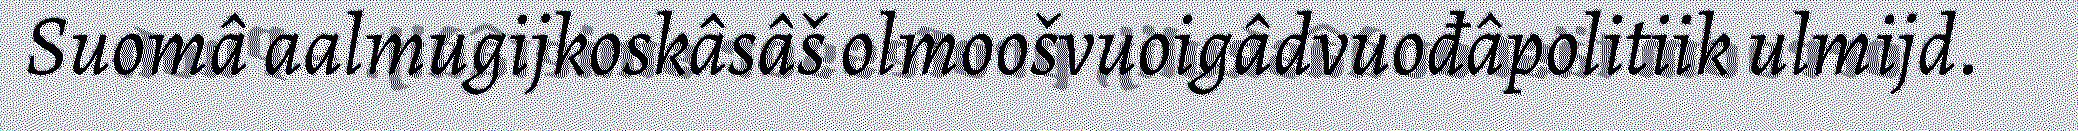
Suomâ aalmugijkoskâsâš olmoošvuoigâdvuođâpolitiik ulmijd.